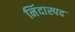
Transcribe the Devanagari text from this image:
निंदास्पद